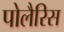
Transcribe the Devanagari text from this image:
पोलैरिस